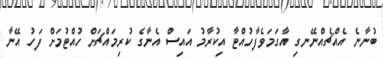
ބުނާނެ އެއްޗެއްނޭނގި އާގަމަވެފާހުއްޓާ އިކުރާމު އައިސް އެނާގެ ކުރިމައްޗަށް ހުއްޓުމަށް ފަހު އޭނާ